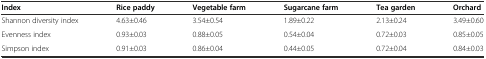
<table><thead><tr><td><b>Index</b></td><td><b>Rice paddy</b></td><td><b>Vegetable farm</b></td><td><b>Sugarcane farm</b></td><td><b>Tea garden</b></td><td><b>Orchard</b></td></tr></thead><tbody><tr><td>Shannon diversity index</td><td>4.63±0.46</td><td>3.54±0.54</td><td>1.89±0.22</td><td>2.13±0.24</td><td>3.49±0.60</td></tr><tr><td>Evenness index</td><td>0.93±0.03</td><td>0.88±0.05</td><td>0.54±0.04</td><td>0.72±0.03</td><td>0.85±0.05</td></tr><tr><td>Simpson index</td><td>0.91±0.03</td><td>0.86±0.04</td><td>0.44±0.05</td><td>0.72±0.04</td><td>0.84±0.03</td></tr></tbody></table>